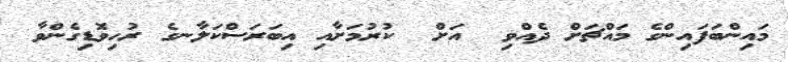
މައިންބަފައިންގެ މައްޗަށް ދެއްވި  އަށް  ކުރުމަށާއި އިބަރަސްކަލާނގެ ރުހިވޮޑިގެންވާ